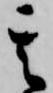
其